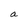
Character: a